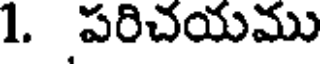
1. పరిచయము